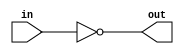
`timescale 1ns / 1ps

module logicalNot(input [31:0]in, output [31:0]out);

  assign out = ~in; 
    
endmodule